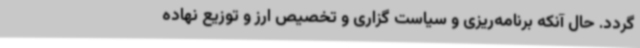
گردد. حال آنکه برنامه‌ریزی و سیاست گزاری و تخصیص ارز و توزیع نهاده